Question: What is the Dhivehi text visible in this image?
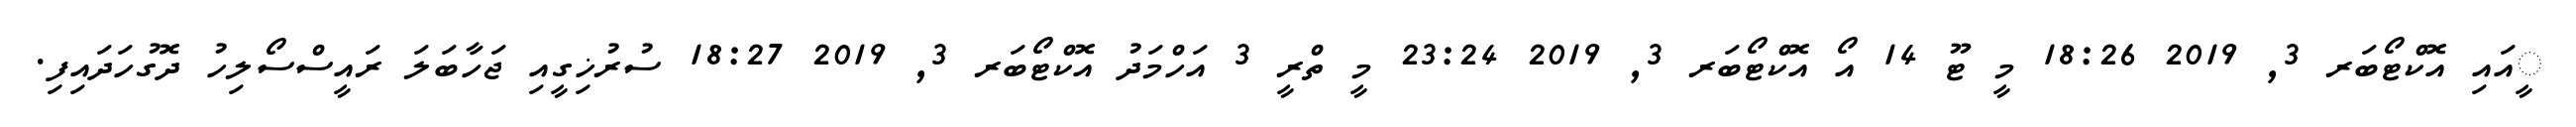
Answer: ީއައި އޮކްޓޯބަރ 3, 2019 18:26 މީ ޓޫ 14 އޯ އޮކްޓޯބަރ 3, 2019 23:24 މީ ތްރީ 3 އަހްމަދު އޮކްޓޯބަރ 3, 2019 18:27 ސުރުޚިގީއި ޖަހާބަލަ ރައީސްސޯލިހު ދޮގުހަދައިފި.